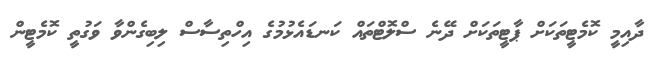
ދާއިމީ ކޮމެޓީތަކަށް ޕާޓީތަކަށް ދޭނެ ސްލޮޓްތައް ކަނޑައެޅުމުގެ އިހްތިސާސް ލިބިގެންވާ ވަގުތީ ކޮމެޓީން